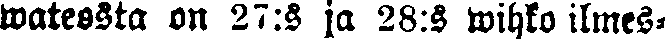
wateosta on 27:s ja 28:s wihko ilmes-